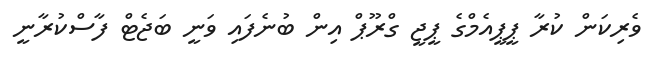
ވެރިކަން ކުރާ ޕީޕީއެމްގެ ޕީޖީ ގްރޫޕް އިން ބުނެފައި ވަނީ ބަޖެޓް ފާސްކުރާނީ